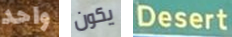
واحد يكون Desert